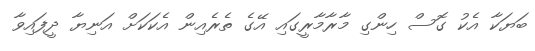
ބަޔަކާ އެކު ގޮސް ހިންގި މާރާމާރީގައި އޭގެ ތެރެއިން އެކަކަށް އަނިޔާ ދީފައިވާ